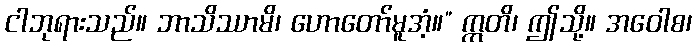
ငါဘုရားသည်။ ဘာသိဿာမိ၊ ဟောတော်မူအံ့။” ဣတိ၊ ဤသို့။ အဝေါစ၊